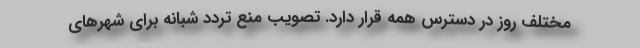
مختلف روز در دسترس همه قرار دارد. تصویب منع تردد شبانه برای شهرهای